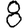
Digit: 8